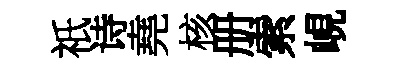
祇诗堯核册索峴